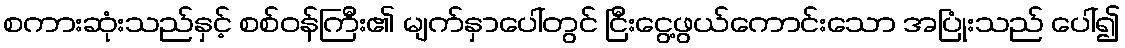
စကားဆုံးသည်နှင့် စစ်ဝန်ကြီး၏ မျက်နှာပေါ်တွင် ငြီးငွေ့ဖွယ်ကောင်းသော အပြုံးသည် ပေါ်၍